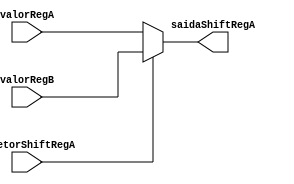
  module ShiftRegInput (
  input  wire        seletorShiftRegA,
  input  wire [31:0] valorRegA,
  input  wire [31:0] valorRegB,

  output reg [31:0] saidaShiftRegA
);
  always @(*) begin
    saidaShiftRegA = (seletorShiftRegA) ? valorRegB : valorRegA;
  end
endmodule

// 0 => valorRegA
// 1 => valorRegB